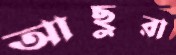
আছুরা